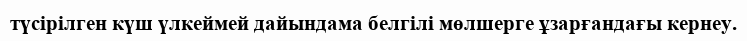
түсірілген күш үлкеймей дайындама белгілі мөлшерге ұзарғандағы кернеу.